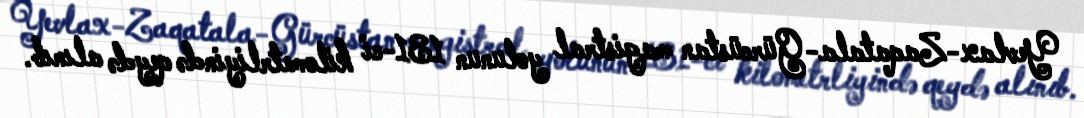
Yevlax-Zaqatala-Gürcüstan magistral yolunun 131-ci kilometrliyində qeydə alınıb.